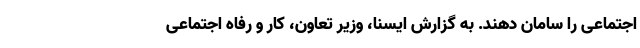
اجتماعی را سامان دهند. به گزارش ایسنا، وزیر تعاون، کار و رفاه اجتماعی